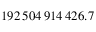
1 9 2 \, 5 0 4 \, 9 1 4 \, 4 2 6 . 7 \, \ \,